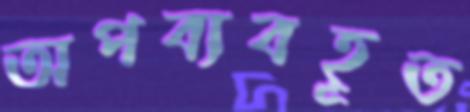
অপব্যবহূত